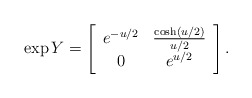
\begin{align*}\exp Y = \left[\begin{array}{cc}e^{-{u/2}} & {\cosh(u/2)\over u/2}\\ 0 & e^{u/2}\end{array}\right].\end{align*}